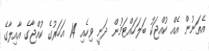
އެތަނުން އެއް ކުއްޖަކު ބަލަހައްޓަމުން ދަނީ ވިހެއި 14 އަހަރުގެ ކުއްޖާގެ އާއިލާގެ